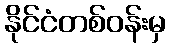
နိုင်ငံတစ်ဝန်းမှ